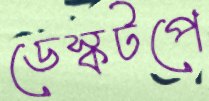
ডেস্কটপে